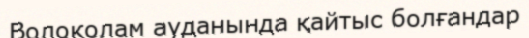
Волоколам ауданында қайтыс болғандар